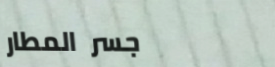
جسر المطار